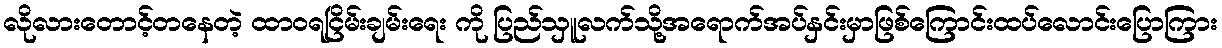
လိုလားတောင့်တနေတဲ့ ထာဝရငြိမ်းချမ်းရေး ကို ပြည်သှူလက်သို့အရောက်အပ်နှင်းမှာဖြစ်ကြောင်းထပ်လောင်းပြောကြား